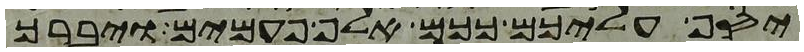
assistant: יסף עליכם ככם אלף פעמים ויברך